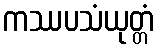
ကဿပသံယုတ္တံ